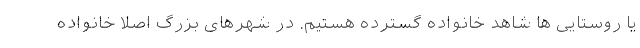
یا روستایی ها شاهد خانواده گسترده هستیم. در شهرهای بزرگ اصلا خانواده